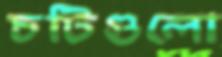
চটিগুলো